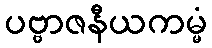
ပဗ္ဗာဇနီယကမ္မံ